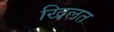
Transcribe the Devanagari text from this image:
खिलत